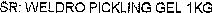
SR: WELDRO PICKLING GEL 1KG